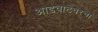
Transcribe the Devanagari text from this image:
आडवाटेवरचा